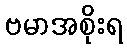
ဗမာအစိုးရ